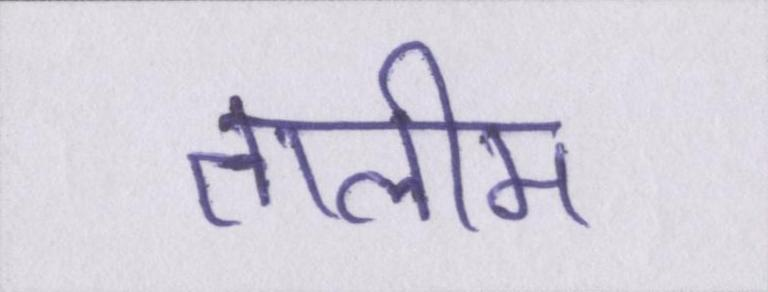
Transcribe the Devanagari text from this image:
तालीम